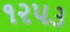
૧૨૫૩